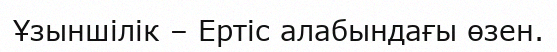
Ұзыншілік – Ертіс алабындағы өзен.